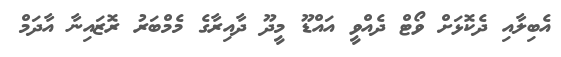
އެބިލާއި ދެކޮޅަށް ވޯޓް ދެއްވީ އައްޑޫ މީދޫ ދާއިރާގެ މެމްބަރު ރޮޒައިނާ އާދަމް